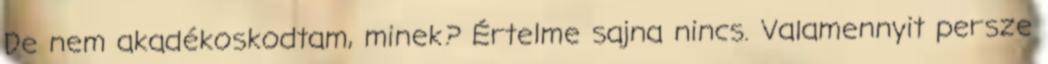
De nem akadékoskodtam, minek? Értelme sajna nincs. Valamennyit persze